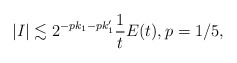
\begin{align*}|I|\lesssim 2^{-pk_1-p k_1'} \frac{1}{t} E(t),p=1/5,\end{align*}